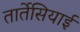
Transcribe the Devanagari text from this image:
तार्तेसियाई